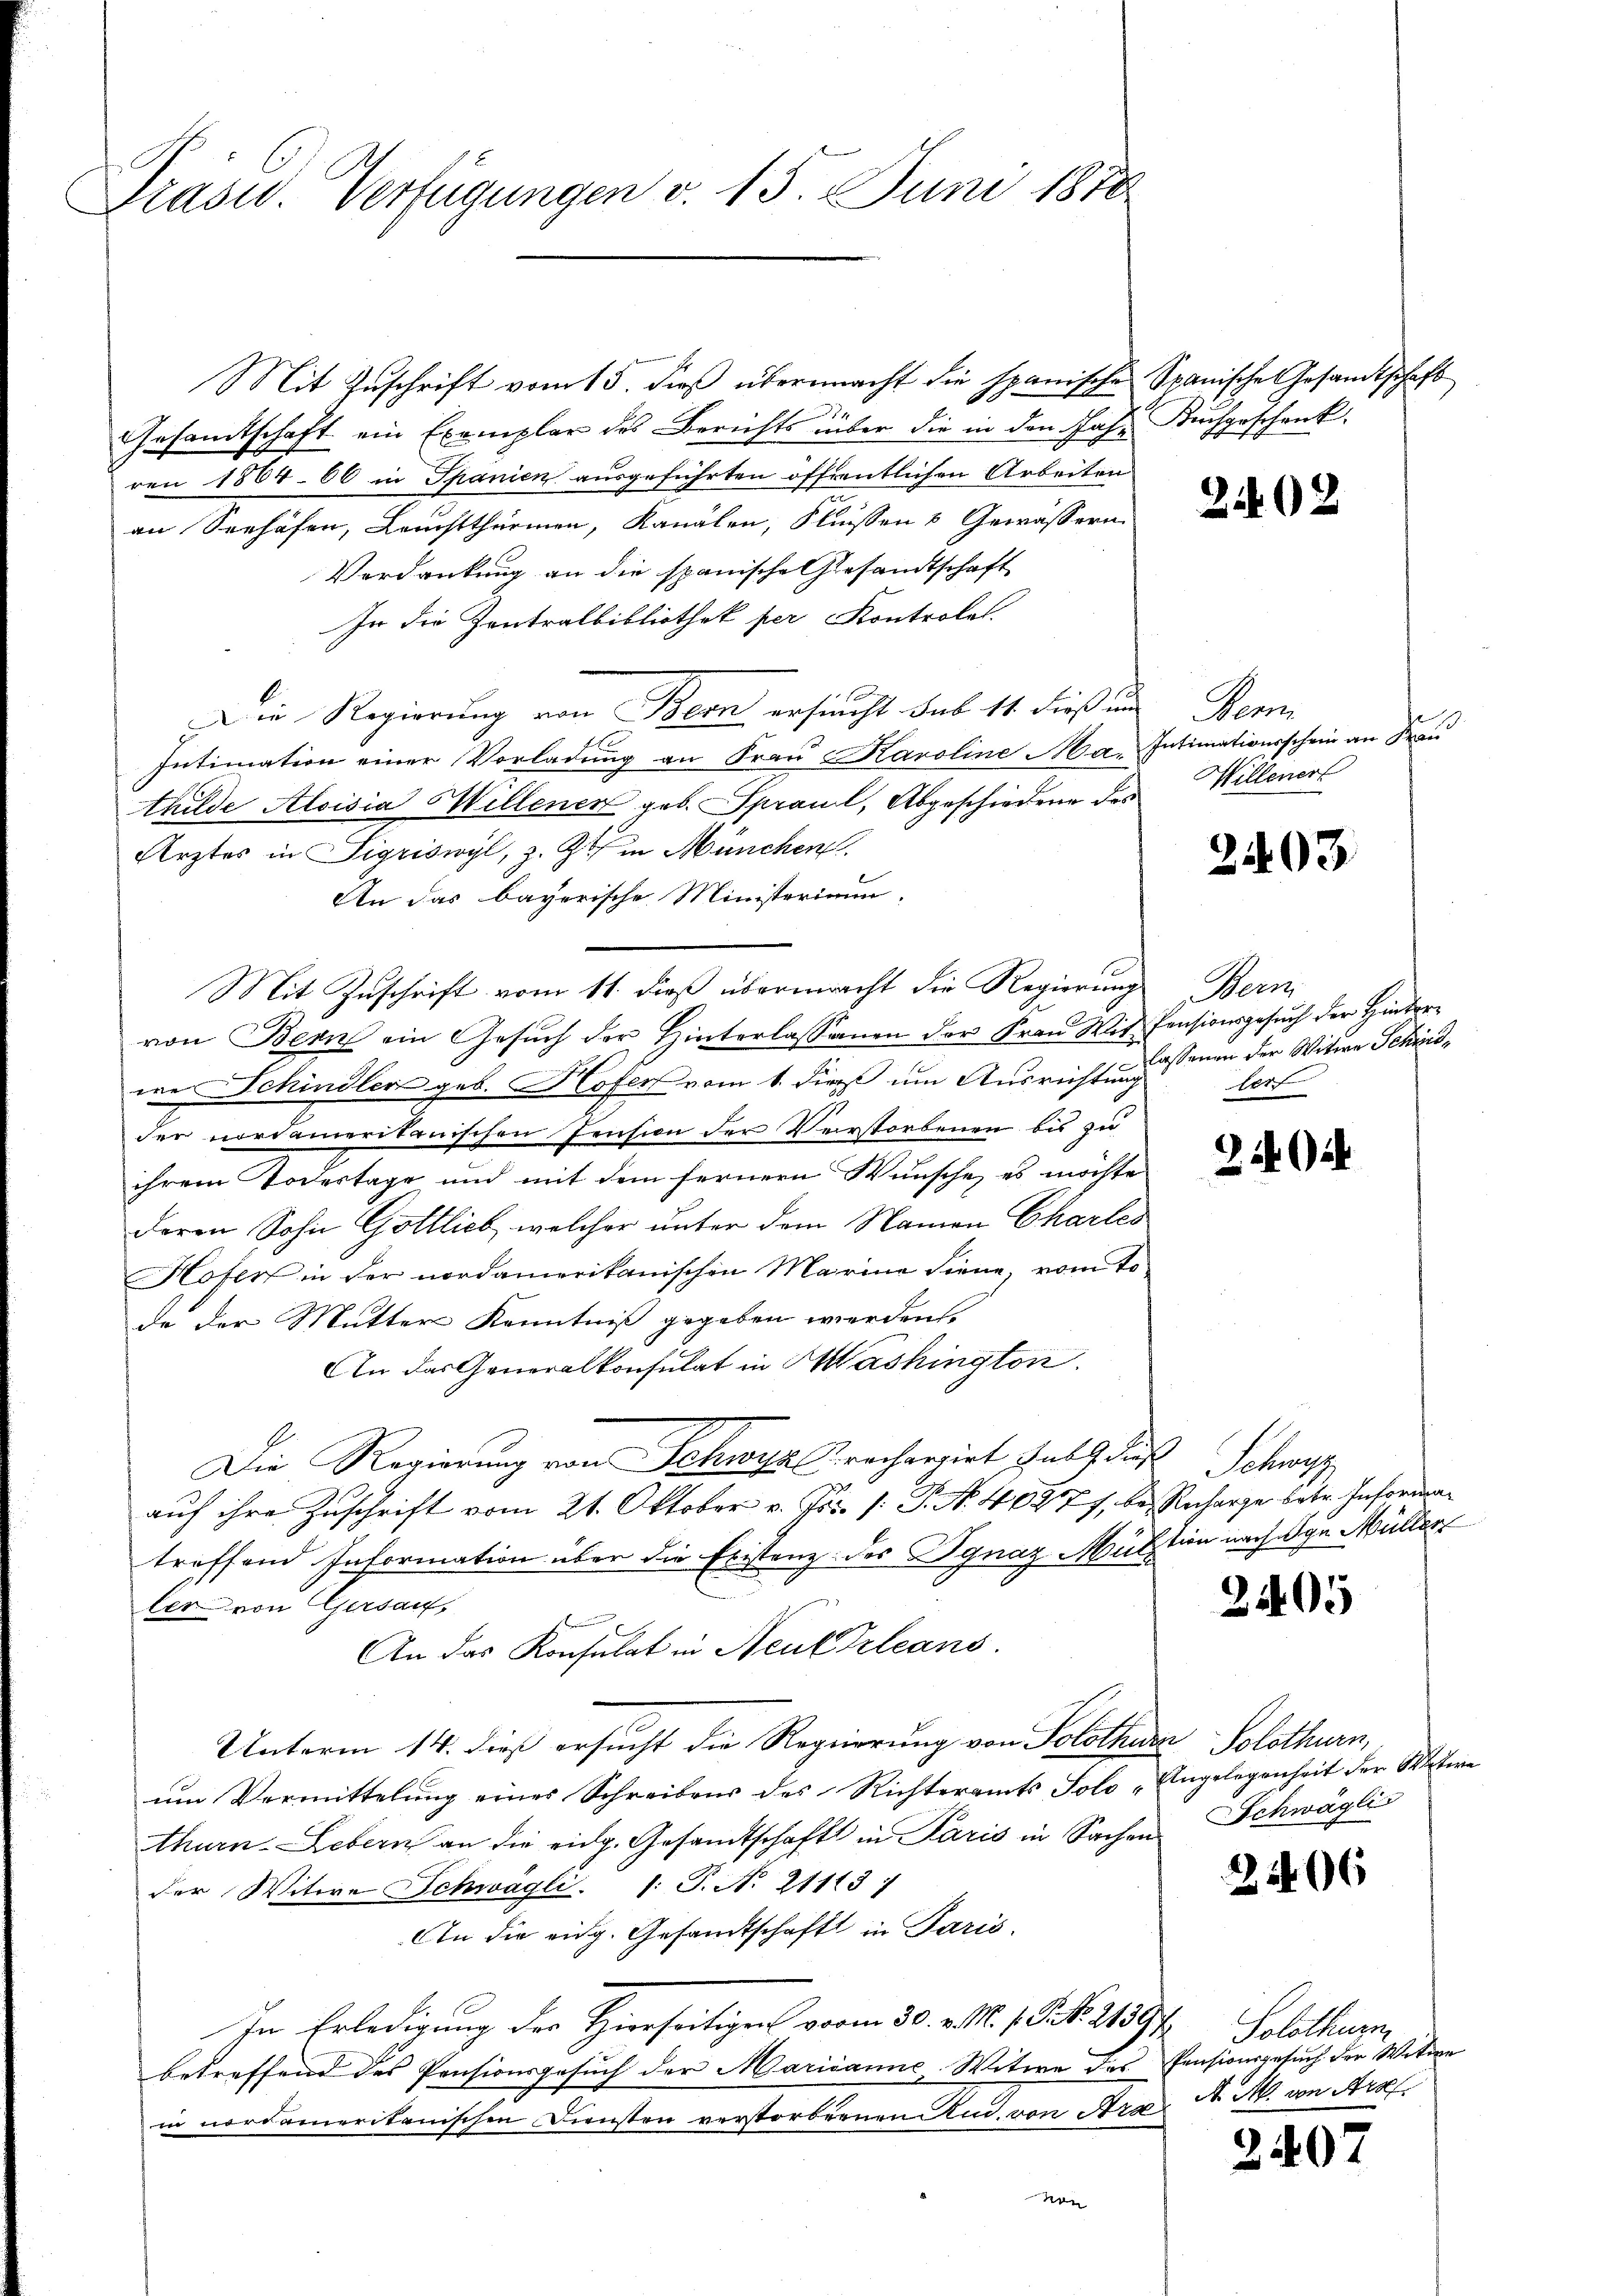
Präsid. Verfügungen v. 15. Juni 1810

Mit Zuschrift vom 15. dieß übermacht die spanische Spanische Gesandtschaft
Gesamtschaft ein Exemplar des Berichts über die in den Joh. Kuchgeschenk
ren 1864. 66 in Spanien ausgeführten öffentlichen Arbeiten
an Seehafen, Leuchtthürmen, Kanalen, Fliessen & Gewässern
Verdankung an die spanische Gesandtschaft
In die Zentralbibliothek per Kontrolel.
Die Regierung von Bern ersucht sub 14 dieß und Bern
Intimation einer Vorladung an Frau Karolinea. Intimationsschein an Frau
thilde Aloisia Hillenen geb. Spraul, Abgeschiedene des Willenert
Ärztes in Sigriswyl, z. Z. in München.
An das bayerische Ministeriamm.
Mit Zuschrift vom 11. dieß übermacht die Regierungs Bern
von Bern ein Gesuch der Hinterlassenen der Frau Wit Pensionsgesuch der Hinterwe Schindler geb. Hofen vom 1. dieß um Ausrichtung
der nordameritanischen Pension der Verstorbenen bis zu
ihrem Todestage und mit dem fernern Wünsche, es möchte
deren Sohn Gottlieb, welcher unter dem Namen Chartes
Hofer in der nordamerikanischen Marine diene, vom To
de der Mutter Kenntniß gegeben werden.
An das Generalkonsulat in Mashington
A
Die Regierung von Schwyz rechargirt habe dieß Schwyz
auf ihre Zuschrift vom 21. Oktober v. Js. [: P. Nr. 4087 f. bei Recharge betr. Infordertreffend Information über die Existenz des Ignaz Muktion nach die Müller
ler von Gersau,
An das Konsulat in Neukrleans
Unterm 14. dieß ersucht die Regierung von Solothurn, Solothurn,
um Vermittelung eines Schreibens des Richteramts Solo „Angelegenheit der Witwe
thurn. Lebern an die eidg. Gesandtschaft in Paris in Sachen
der Witwe Schwagli. 1: J. N. 21113;
An die eidg. Gesandtschaft in Paris,
In Erledigung der Hierseitigen vom 30. v. M. P. R. 21394. Solothur
betreffend des Pensionsgesuch der Marianne-Witwe des
in nordameritanischen Diensten verstorbernen Und von Frk
von

2402

2403.

lassenen der Witwe Schied,
lert

240

2405

Schwäglis

226

Pensionsgesuch der Witwe
A. M. von Arolf.

2407